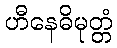
ဟီနေဓိမုတ္တံ